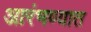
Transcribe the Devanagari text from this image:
आरंभण्यात